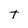
Character: t